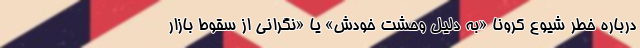
درباره خطر شیوع کرونا «به دلیل وحشت خودش» یا «نگرانی از سقوط بازار